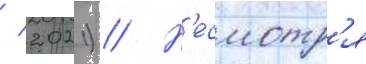
/ 2021) // Н'есмотр'я